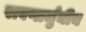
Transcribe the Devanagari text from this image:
रावणार्जुनीय